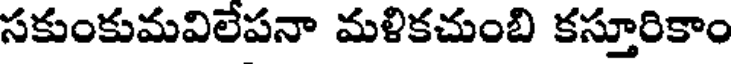
సకుంకుమవిలేపనా మళికచుంబి కస్తూరికాం